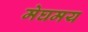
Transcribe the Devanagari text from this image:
मेघमय